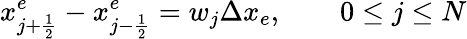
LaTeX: x_{j+\frac{1}{2}}^{e}-x_{j-\frac{1}{2}}^{e}=w_{j}\Delta x_{e},\qquad 0\le j\le N